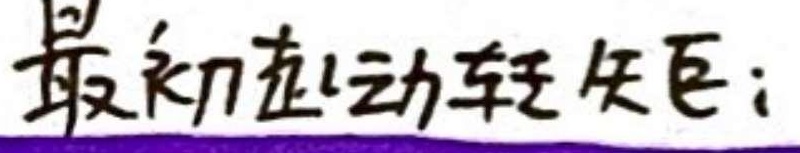
最初应动轻矢；